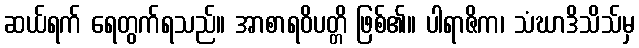
ဆယ်ရက် ရေတွက်ရသည်။ အာစာရဝိပတ္တိ ဖြစ်၏။ ပါရာဇိက၊ သံဃာဒိသိသ်မှ